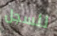
للسجل